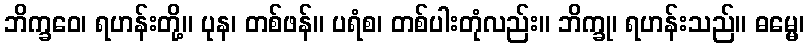
ဘိက္ခဝေ၊ ရဟန်းတို့။ ပုန၊ တစ်ဖန်။ ပရံစ၊ တစ်ပါးတုံလည်း။ ဘိက္ခု၊ ရဟန်းသည်။ ဓမ္မေ၊